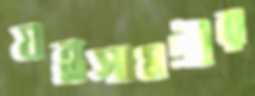
যন্ত্রসামগ্রীর